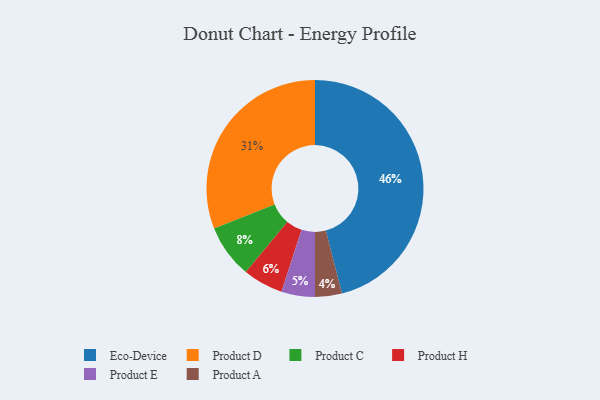
{"axis": {"x": "Category", "y": "Percentage"}, "legend": ["Eco-Device", "Product A", "Product C", "Product D", "Product E", "Product H"], "data": [{"x": "Product D", "y": 31, "type": "Product D"}, {"x": "Product E", "y": 5, "type": "Product E"}, {"x": "Eco-Device", "y": 46, "type": "Eco-Device"}, {"x": "Product H", "y": 6, "type": "Product H"}, {"x": "Product A", "y": 4, "type": "Product A"}, {"x": "Product C", "y": 8, "type": "Product C"}]}